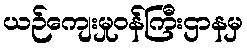
ယဉ်ကျေးမှုဝန်ကြီးဌာနမှ